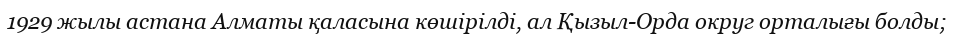
1929 жылы астана Алматы қаласына көшірілді, ал Қызыл-Орда округ орталығы болды;